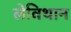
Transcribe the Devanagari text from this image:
लेविथान